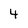
Character: 4